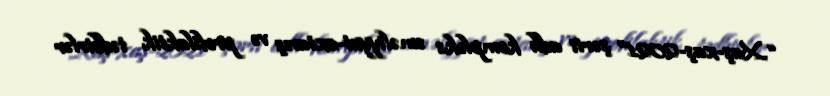
“Xaş-xaş-2021” şərti adlı kompleks əməliyyat-axtarış və profilaktik tədbirlər